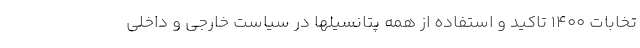
تخابات ۱۴۰۰ تاکید و استفاده از همه پتانسیلها در سیاست خارجی و داخلی